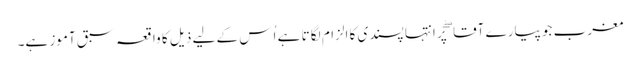
مغرب جو پیارے آقا ۖ پر انتہا پسندی کا الزام لگا تا ہے اُس کے لیے ذیل کا واقعہ سبق آموز ہے۔